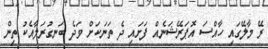
ރޭ މާލޭގައި ހާއްސަ އޮޕަރޭޝަނެއް ފަށައި ދެ ތަނަކަށް ވަދެ ބަނގުރަލާއެކު ތިން